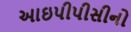
આઇપીપીસીનો